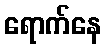
ရောက်နေ